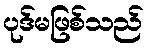
ပုဒ်မဖြစ်သည်